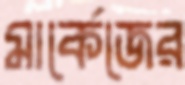
মার্কেজের